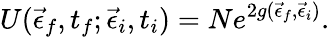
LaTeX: U(\vec{\epsilon}_{f},t_{f};\vec{\epsilon}_{i},t_{i})=Ne^{2g(\vec{\epsilon}_{f},\vec{\epsilon}_{i})}.